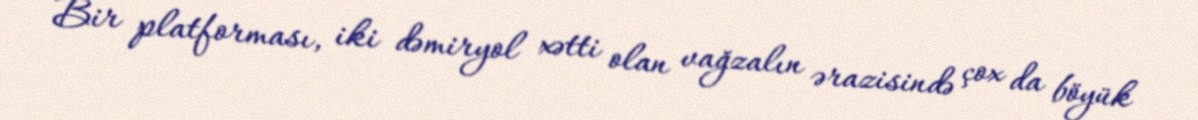
Bir platforması, iki dəmiryol xətti olan vağzalın ərazisində çox da böyük